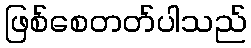
ဖြစ်စေတတ်ပါသည်